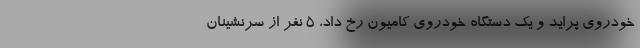
خودروی پراید و یک دستگاه خودروی کامیون رخ داد، ۵ نفر از سرنشینان